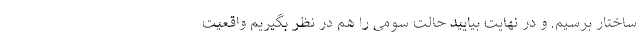
ساختار برسیم. و در نهایت بیایید حالت سومی را هم در نظر بگیریم واقعیت